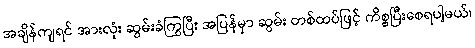
အချိန်ကျရင် အားလုံး ဆွမ်းခံကြွပြီး အပြန်မှာ ဆွမ်း တစ်ထပ်ဖြင့် ကိစ္စပြီးစေရပါ့မယ်၊